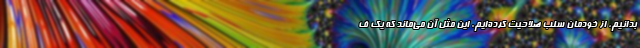
بدانیم، از خودمان سلب صلاحیت کرده‌ایم. این مثل آن می‌ماند که یک ف